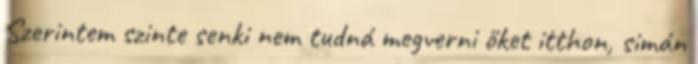
Szerintem szinte senki nem tudná megverni őket itthon, simán